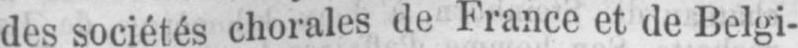
des sociétés chorales de France et de Belgi-